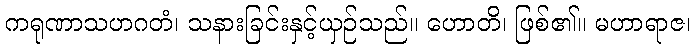
ကရုဏာသဟဂတံ၊ သနားခြင်းနှင့်ယှဉ်သည်။ ဟောတိ၊ ဖြစ်၏။ မဟာရာဇ၊